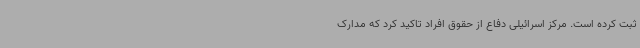
ثبت کرده است. مرکز اسرائیلی دفاع از حقوق افراد تاکید کرد که مدارک